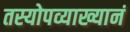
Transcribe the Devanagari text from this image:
तस्योपव्याख्यानं